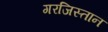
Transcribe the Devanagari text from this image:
गरजिस्तान